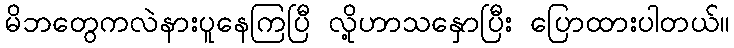
မိဘတွေကလဲနားပူနေကြပြီ လို့ဟာသနှောပြီး ပြောထားပါတယ်။